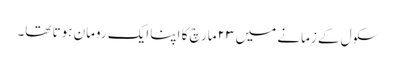
سکول کے زمانے میں ۲۳ مارچ کا اپنا ایک رومان ہوتا تھا۔